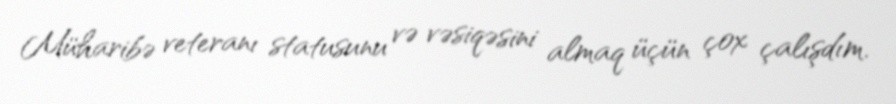
Müharibə veteranı statusunu və vəsiqəsini almaq üçün çox çalışdım.